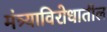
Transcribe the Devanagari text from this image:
मंत्र्याविरोधातील